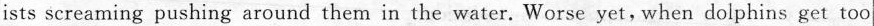
ists screaming pushing around them in the water. Worse yet,when dolphins get too